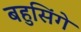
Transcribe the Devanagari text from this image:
बहुसिंगे